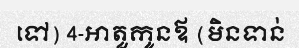
ទៅ) 4-អាតួកូនឪ (មិនទាន់